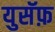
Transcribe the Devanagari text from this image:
युसॅफ़